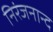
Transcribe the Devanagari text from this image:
निरंजनान्द